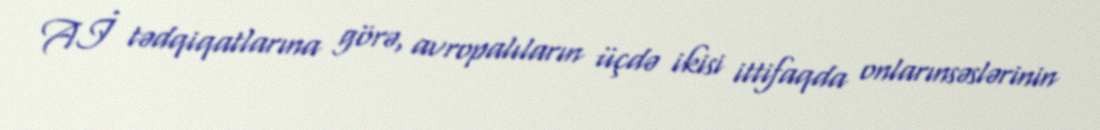
Aİ tədqiqatlarına görə, avropalıların üçdə ikisi ittifaqda onlarınsəslərinin